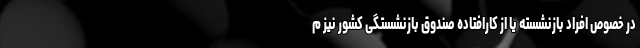
در خصوص افراد بازنشسته یا از کارافتاده صندوق بازنشستگی کشور نیز م